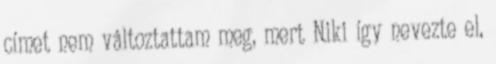
címet nem változtattam meg, mert Niki így nevezte el,